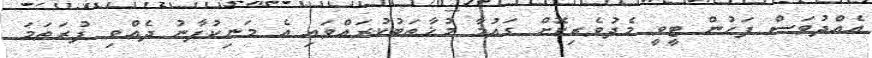
އެއްދުވަސް ފަހުން ޓީވީ މެދުވެރިކޮށް ގައުމާ މުޚާތަބުކުރައްވައި އެ މަނިކުފާނު ދެއްވި ފުރަތަމަ